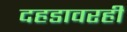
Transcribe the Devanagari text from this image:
दहडावरही